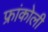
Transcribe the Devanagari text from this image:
फ्रांकोली